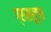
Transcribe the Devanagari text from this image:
ग्रासरूट्स